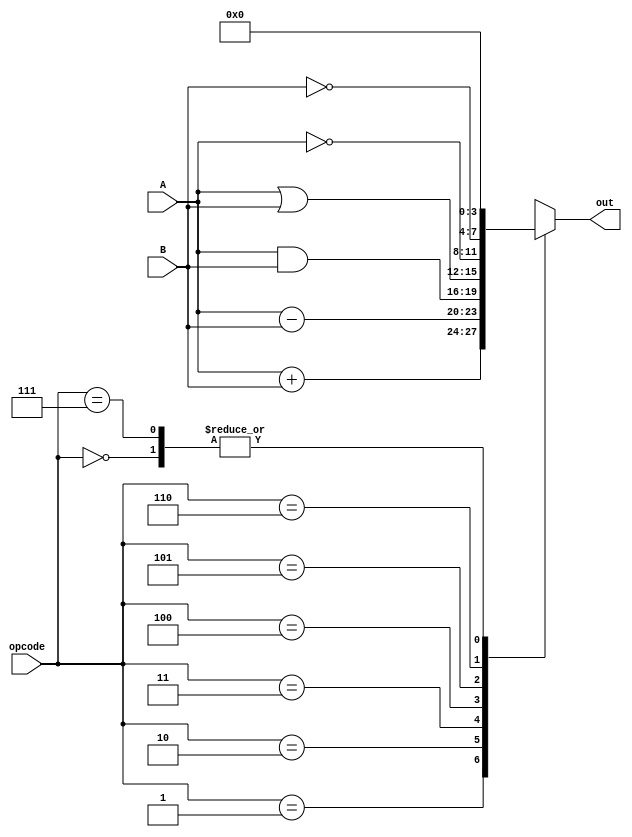
`timescale 1ns / 1ps
//////////////////////////////////////////////////////////////////////////////////
// Company: self
// 
// Design Name: 
// Module Name: ALU4BIT
// Project Name: 
// Target Devices: 
// Tool Versions: 
// Description: 
// 
// Dependencies: 
// 
// Revision:
// Revision 0.01 - File Created
// Additional Comments:
// 
//////////////////////////////////////////////////////////////////////////////////


module ALU4BIT(
input [3:0] A,
input [3:0]B,
input [2:0] opcode,
output reg [3:0] out
    );
    always @(*)
    begin
    case(opcode)
    'd0: out=0;
    'd1: out=A+B;
    'd2: out=A-B;
    'd3: out=A&B;
    'd4: out=A|B;
    'd5: out=~A;
    'd6: out=~B;
    'd7: out=0;
    default: out=0;
    endcase
    end   
endmodule